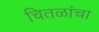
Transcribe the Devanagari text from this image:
चितळांचा